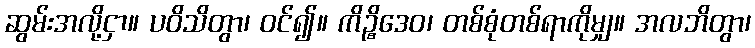
ဆွမ်းအလို့ငှာ။ ပဝိသိတွာ၊ ဝင်၍။ ကိဉ္စိဒေဝ၊ တစ်စုံတစ်ရာကိုမျှ။ အလဘိတွာ၊